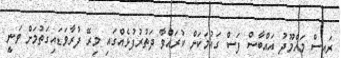
ރައީސް މަހްމޫދު އައްބާސް ފަސް ގައުމަކަށް ކުރައްވާ ދަތުރުފުޅެއްގައި މިރޭ ފުރާވަޑައިގަތުމަށް ވަނީ